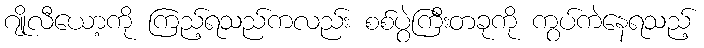
ဂျိုလီယော့ကို ကြည့်ရသည်ကလည်း စစ်ပွဲကြီးတခုကို ကွပ်ကဲနေရသည့်